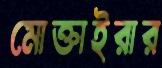
মোক্তাইরার